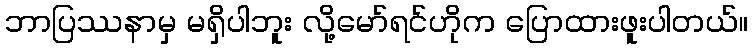
ဘာပြဿနာမှ မရှိပါဘူး လို့မော်ရင်ဟိုက ပြောထားဖူးပါတယ်။